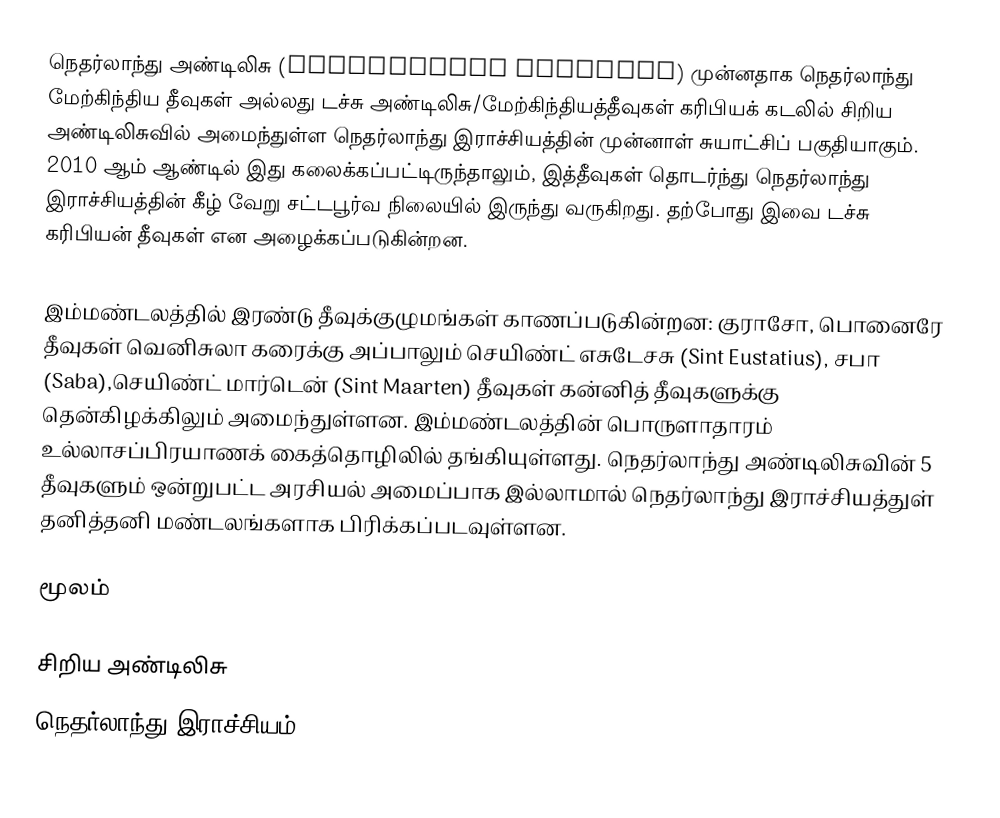
நெதர்லாந்து அண்டிலிசு (Netherlands Antilles) முன்னதாக நெதர்லாந்து மேற்கிந்திய தீவுகள் அல்லது டச்சு அண்டிலிசு/மேற்கிந்தியத்தீவுகள் கரிபியக் கடலில் சிறிய அண்டிலிசுவில் அமைந்துள்ள நெதர்லாந்து இராச்சியத்தின் முன்னாள் சுயாட்சிப் பகுதியாகும். 2010 ஆம் ஆண்டில் இது கலைக்கப்பட்டிருந்தாலும், இத்தீவுகள் தொடர்ந்து நெதர்லாந்து இராச்சியத்தின் கீழ் வேறு சட்டபூர்வ நிலையில் இருந்து வருகிறது. தற்போது இவை டச்சு கரிபியன் தீவுகள் என அழைக்கப்படுகின்றன.

இம்மண்டலத்தில் இரண்டு தீவுக்குழுமங்கள் காணப்படுகின்றன: குராசோ, பொனைரே தீவுகள் வெனிசுலா கரைக்கு அப்பாலும் செயிண்ட் எசுடேசசு (Sint Eustatius), சபா (Saba),செயிண்ட் மார்டென் (Sint Maarten) தீவுகள் கன்னித் தீவுகளுக்கு தென்கிழக்கிலும் அமைந்துள்ளன. இம்மண்டலத்தின் பொருளாதாரம் உல்லாசப்பிரயாணக் கைத்தொழிலில் தங்கியுள்ளது. நெதர்லாந்து அண்டிலிசுவின் 5 தீவுகளும் ஒன்றுபட்ட அரசியல் அமைப்பாக இல்லாமால் நெதர்லாந்து இராச்சியத்துள் தனித்தனி மண்டலங்களாக பிரிக்கப்படவுள்ளன.

மூலம்

சிறிய அண்டிலிசு
நெதர்லாந்து இராச்சியம்